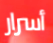
أسرار